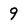
Character: 9